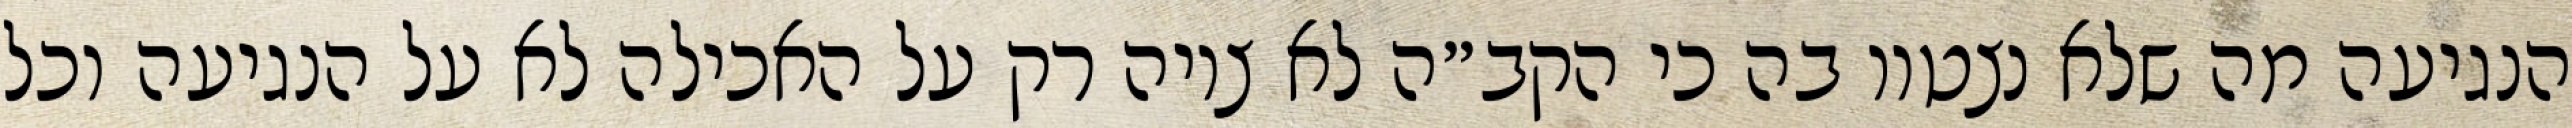
הנגיעה מה שלא נצטוו בה כי הקב״ה לא ציוה רק על האכילה לא על הנגיעה וכל